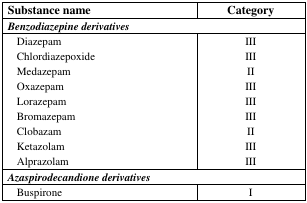
| Substance name | Category |
 | --- | --- |
 | <COLSPAN=2> Benzodiazepine derivatives |
 | Diazepam | III |
 | Chlordiazepoxide | III |
 | Medazepam | II |
 | Oxazepam | III |
 | Lorazepam | III |
 | Bromazepam | III |
 | Clobazam | II |
 | Ketazolam | III |
 | Alprazolam | III |
 | <COLSPAN=2> Azaspirodecandione derivatives |
 | Buspirone | I |